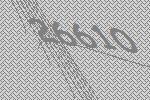
26610